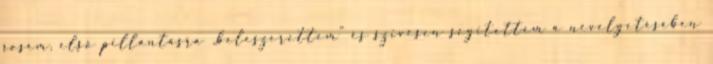
sosem, első pillantásra „beleszerettem” és szivesen segitettem a nevelgetésében